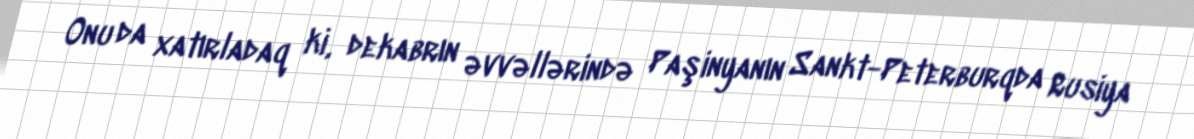
Onu da xatırladaq ki, dekabrın əvvəllərində Paşinyanın Sankt-Peterburqda Rusiya